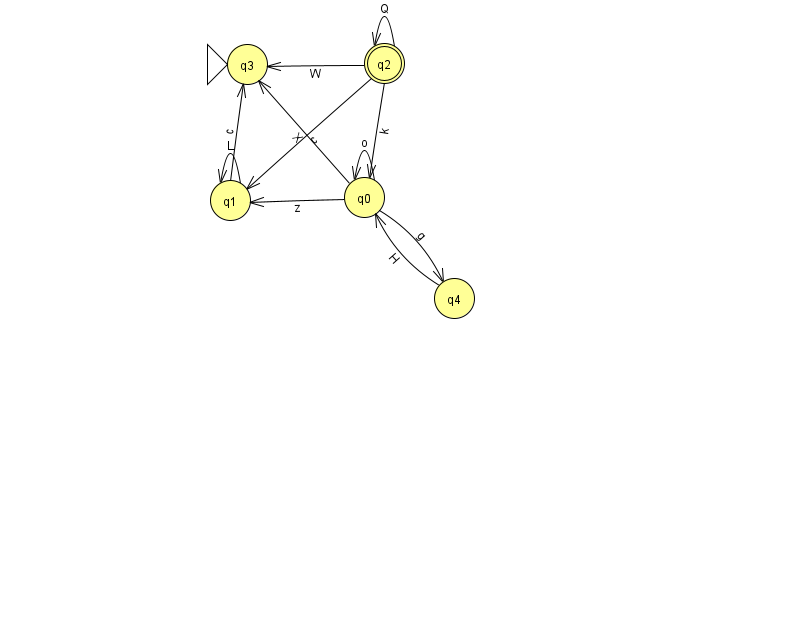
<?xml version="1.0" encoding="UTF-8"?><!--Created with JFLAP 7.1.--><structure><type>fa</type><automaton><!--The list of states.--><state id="0" name="q0"><x>364.0</x><y>184.0</y></state><state id="1" name="q1"><x>230.0</x><y>187.0</y></state><state id="2" name="q2"><x>384.0</x><y>50.0</y><final/></state><state id="3" name="q3"><x>247.0</x><y>51.0</y><initial/></state><state id="4" name="q4"><x>454.0</x><y>285.0</y></state><!--The list of transitions.--><transition><from>2</from><to>1</to><read>c</read></transition><transition><from>2</from><to>2</to><read>Q</read></transition><transition><from>0</from><to>3</to><read>X</read></transition><transition><from>0</from><to>4</to><read>g</read></transition><transition><from>2</from><to>0</to><read>k</read></transition><transition><from>4</from><to>0</to><read>H</read></transition><transition><from>2</from><to>3</to><read>W</read></transition><transition><from>0</from><to>1</to><read>z</read></transition><transition><from>1</from><to>1</to><read>L</read></transition><transition><from>1</from><to>3</to><read>c</read></transition><transition><from>0</from><to>0</to><read>o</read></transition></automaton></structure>